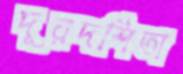
দূরদর্শিতা